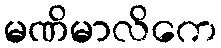
မဏိမာလိကေ